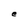
Character: e